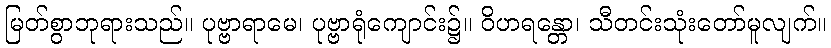
မြတ်စွာဘုရားသည်။ ပုဗ္ဗာရာမေ၊ ပုဗ္ဗာရုံကျောင်း၌။ ဝိဟရန္တော၊ သီတင်းသုံးတော်မူလျက်။